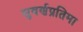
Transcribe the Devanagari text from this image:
सुवर्णप्रतिमा